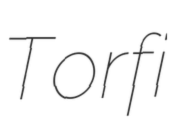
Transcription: Torfi